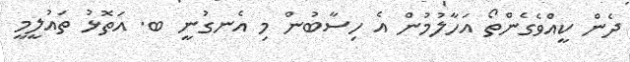
ދެން ކީއްވެގެންތޯ އަހާލުމުން އެ ހިސާބުން މި އެނގުނީ ބ. އަތޮޅު ތައުލީމީ